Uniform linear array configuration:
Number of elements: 8
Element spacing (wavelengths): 1
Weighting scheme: binomial
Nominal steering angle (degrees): -15
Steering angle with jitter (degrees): -13.871
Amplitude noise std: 0.05
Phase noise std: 0.05

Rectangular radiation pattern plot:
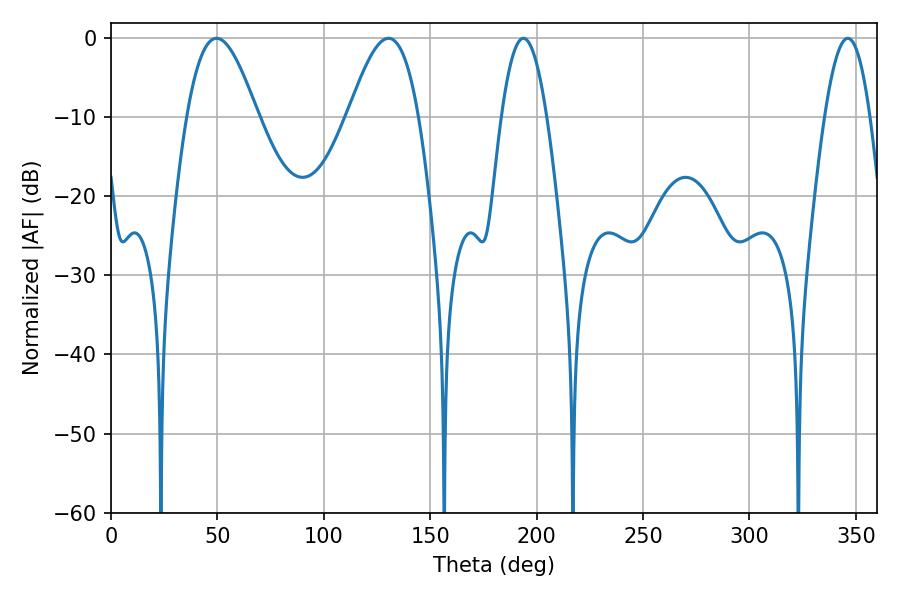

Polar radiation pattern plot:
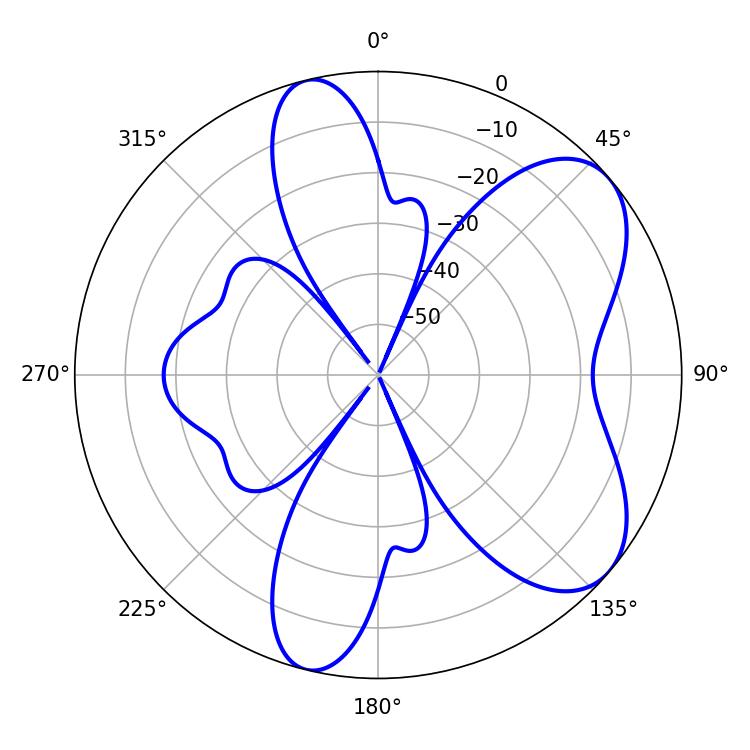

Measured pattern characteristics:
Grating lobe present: TRUE
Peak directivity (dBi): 6.711
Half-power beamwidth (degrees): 17.82
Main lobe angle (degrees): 49.68